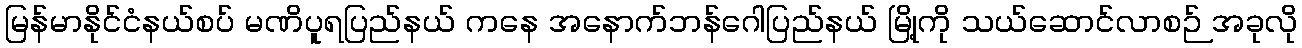
မြန်မာနိုင်ငံနယ်စပ် မဏိပူရပြည်နယ် ကနေ အနောက်ဘန်ဂေါပြည်နယ် မြို့ကို သယ်ဆောင်လာစဉ် အခုလို